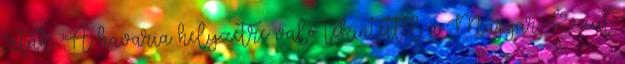
írták. "A havaria helyzetre való tekintettel a Magyar Közút